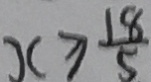
x \geq \frac { 1 8 } { 5 }